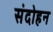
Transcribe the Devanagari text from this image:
संदोहन